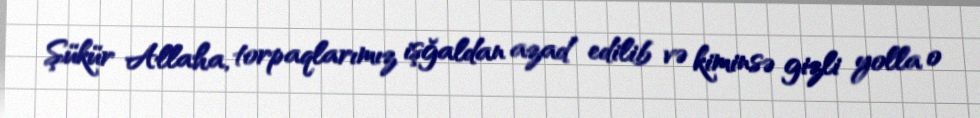
Şükür Allaha, torpaqlarımız işğaldan azad edilib və kiminsə gizli yolla o